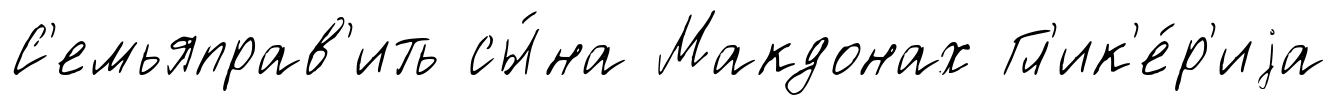
С'емьяправ'ить сы́на Макдонах Гл'ик'е́р'иjа